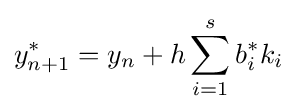
y_{n+1}^{*}=y_{n}+h\sum _{i=1}^{s}b_{i}^{*}k_{i}